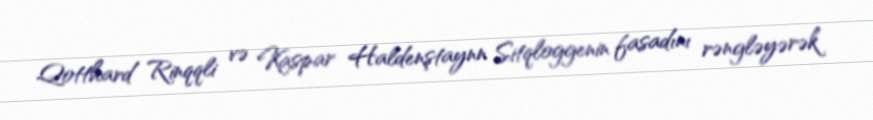
Qotthard Rinqqli və Kaspar Haldenştaynn Sitqloggenin fasadını rəngləyərək